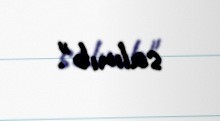
salınıb".